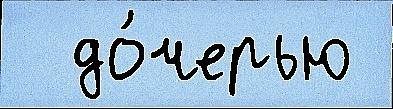
  до́черью